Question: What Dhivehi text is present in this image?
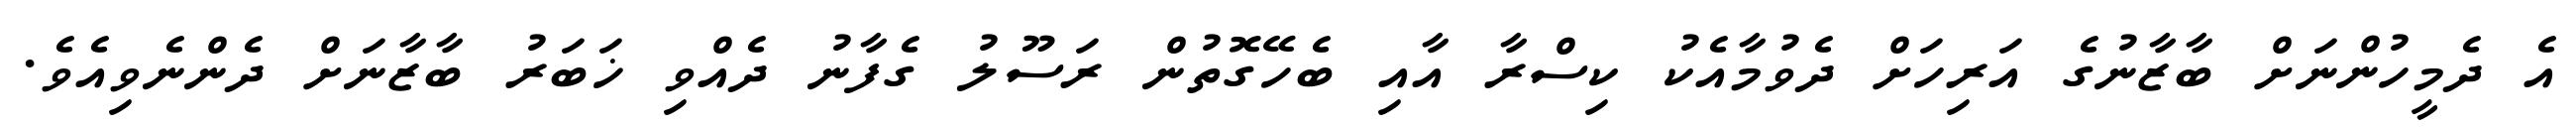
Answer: އެ ދެމީހުންނަށް ބާޒާނުގެ އަރިހަށް ދެވުމާއެކު ކިސްރާ އާއި ބެހޭގޮތުން ރަސޫލު ގެފާނު ދެއްވި ޚަބަރު ބާޒާނަށް ދެންނެވިއެވެ.